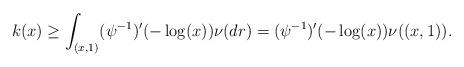
LaTeX: \begin{align*}k(x)\ge \int_{(x,1)} (\psi^{-1})'(-\log(x))\nu(dr)= (\psi^{-1})'(-\log(x))\nu((x,1)).\end{align*}